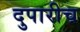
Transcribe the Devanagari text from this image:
दुपारीच